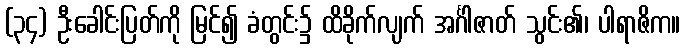
(၃၄) ဦးခေါင်းပြတ်ကို မြင်၍ ခံတွင်း၌ ထိခိုက်လျက် အင်္ဂါဇာတ် သွင်း၏၊ ပါရာဇိက။